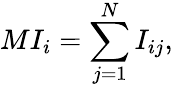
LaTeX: MI_{i}=\sum_{j=1}^{N}I_{ij},